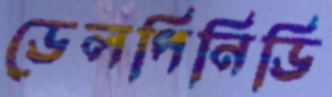
ডেলপিনিডি